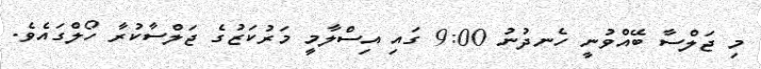
މި ޖަލްސާ ބޭއްވުނީ ހެނދުނު 9:00 ގައި އިސްލާމީ މަރުކަޒުގެ ޖަލްސާކުރާ ހޯލްގައެވެ.